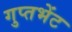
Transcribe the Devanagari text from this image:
गुप्तभेंट